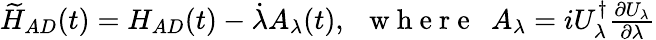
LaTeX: \begin{array}{r}{\widetilde{H}_{AD}(t)=H_{AD}(t)-\dot{\lambda}A_{\lambda}(t),~~\mathrm{~w~h~e~r~e~}~~A_{\lambda}=iU_{\lambda}^{\dagger}\frac{\partial U_{\lambda}}{\partial\lambda}}\end{array}